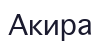
Акира